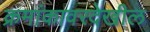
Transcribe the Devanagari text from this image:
क्रमांकावरदेखील